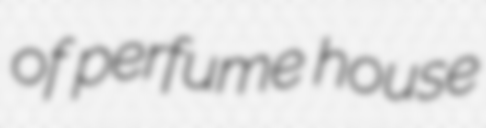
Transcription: of perfume house